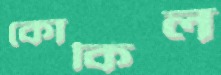
কোকিল